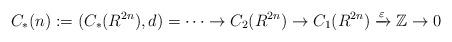
LaTeX: \begin{align*}C_{*}(n) := (C_{*}(R^{2n}), d) = \cdots \rightarrow C_{2}(R^{2n}) \rightarrow C_{1}(R^{2n}) \xrightarrow{\varepsilon} \mathbb{Z} \rightarrow 0 \end{align*}